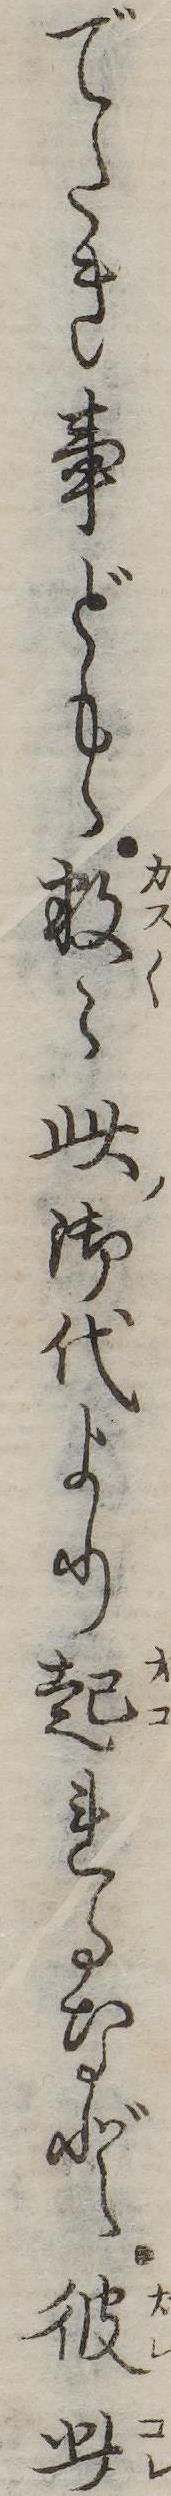
でたき事どもゝ数此御代より起れるなど彼此